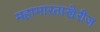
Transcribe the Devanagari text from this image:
महाभारताखेरीज